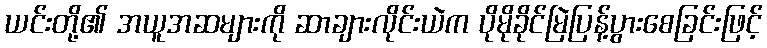
ယင်းတို့၏ အယူအဆများကို ဆာချားလိုင်းယဲက ပိုမိုခိုင်မြဲပြန့်ပွားစေခြင်းဖြင့်